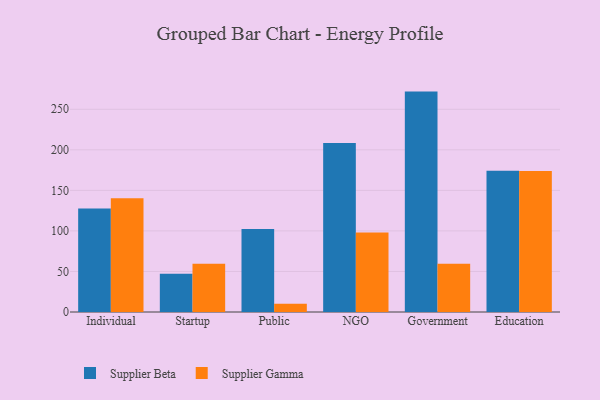
{"axis": {"x": "Segment", "y": "Production Output"}, "legend": ["Supplier Beta", "Supplier Gamma"], "data": [{"x": "Individual", "y": 127.5, "type": "Supplier Beta"}, {"x": "Individual", "y": 140.4, "type": "Supplier Gamma"}, {"x": "Startup", "y": 47.3, "type": "Supplier Beta"}, {"x": "Startup", "y": 59.6, "type": "Supplier Gamma"}, {"x": "Public", "y": 102.4, "type": "Supplier Beta"}, {"x": "Public", "y": 10.2, "type": "Supplier Gamma"}, {"x": "NGO", "y": 208.4, "type": "Supplier Beta"}, {"x": "NGO", "y": 97.9, "type": "Supplier Gamma"}, {"x": "Government", "y": 271.8, "type": "Supplier Beta"}, {"x": "Government", "y": 59.4, "type": "Supplier Gamma"}, {"x": "Education", "y": 174.2, "type": "Supplier Beta"}, {"x": "Education", "y": 173.9, "type": "Supplier Gamma"}]}